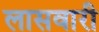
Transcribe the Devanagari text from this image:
लासवारी